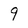
Character: 9